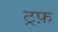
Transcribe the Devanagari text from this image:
ट्रफ़